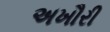
અખૌરી